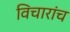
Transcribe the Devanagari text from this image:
विचारांच